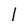
Character: l